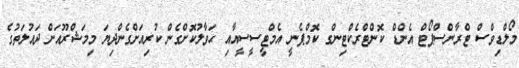
މޯލްޑިވްސް ޓްރާންސްޕޯޓް އެންޑް ކޮންޓްރެކްޓިންގ ކޮމްޕެނީ އެމްޓީސީސީއާއި ޙަވާލުކޮށްގެން ކުރިއަށްގެންދިޔަ މިމަޝްރޫއަށް ދައުލަތުގެ